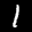
Label: 1